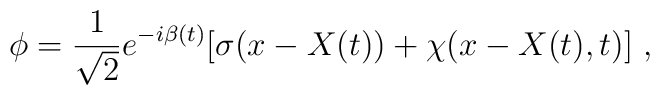
\phi=\frac 1{\sqrt{2}}e^{-i\beta(t)}[\sigma(x-X(t))+\chi(x-X(t),t)]\  ,